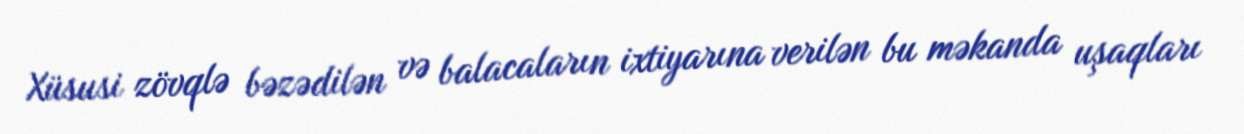
Xüsusi zövqlə bəzədilən və balacaların ixtiyarına verilən bu məkanda uşaqları